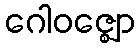
ဂေါဝဇ္ဈော